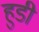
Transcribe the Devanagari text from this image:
हुडी